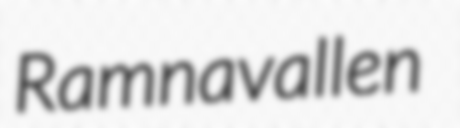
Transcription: Ramnavallen